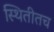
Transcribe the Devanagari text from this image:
स्थितीतच